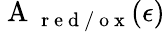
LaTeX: \mathrm{~A~}_{\mathrm{~r~e~d~/~o~x~}}(\epsilon)